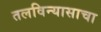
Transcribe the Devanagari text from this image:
तलविन्यासाचा